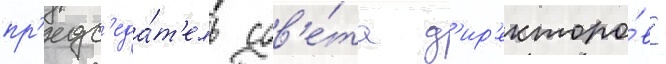
пр'едс'еда́т'ель сов'е́та д'ир'екторо́в -